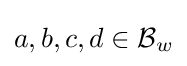
a,b,c,d\in {\mathcal {B}}_{w}